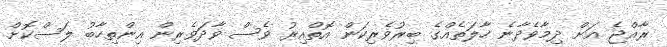
ރާއްޖެ އަށް ދިމާވެދާނެ ހާލަތެއްގެ ބިރުވެރިކަން އޮތްއިރު ވެސް ވާދަވެރިން އިންތިހާބު ލަސްކޮށް